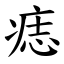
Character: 痣